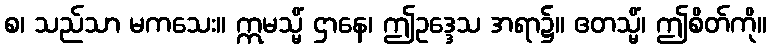
စ၊ သည်သာ မကသေး။ ဣမသ္မိံ ဌာနေ၊ ဤဥဒ္ဒေသ အရာ၌။ ဧတသ္မိံ၊ ဤစိတ်ကို။